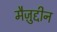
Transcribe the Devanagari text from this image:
मैज़ुद्दीन